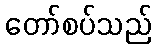
တော်စပ်သည်